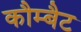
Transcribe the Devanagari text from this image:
कौम्बैट